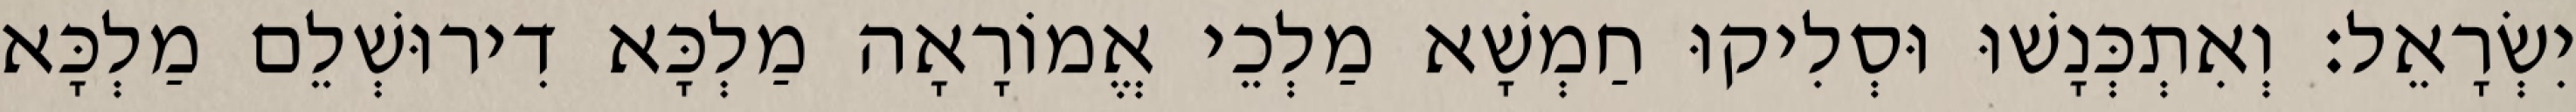
יִשְׂרָאֵל׃ וְאִתְכְּנָשׁוּ וּסְלִיקוּ חַמְשָׁא מַלְכֵי אֱמוֹרָאָה מַלְכָּא דִירוּשְׁלֵם מַלְכָּא